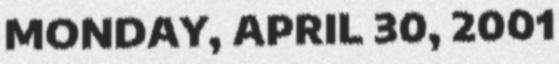
MONDAY, APRIL 30, 2001